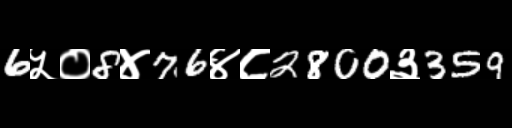
Text: 6५०8४76४८2800३359